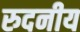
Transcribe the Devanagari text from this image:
रुदनीय